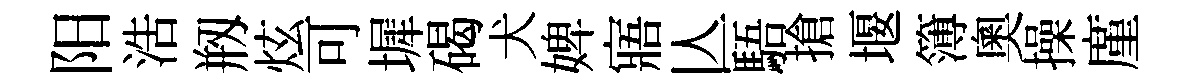
阳浩剏炫可墀碣犬婢寤亾䮏搶堰簿奧操廑